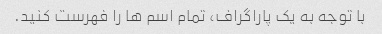
با توجه به یک پاراگراف، تمام اسم ها را فهرست کنید.